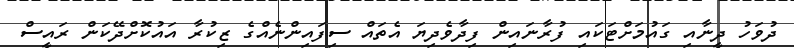
ދުވަހު ދީނާއި ގައުމަށްޓަކައި ފުރާނައިން ފިދާވެދިޔަ އެތައް ސިފައިންނެއްގެ ޒިކުރާ އައުކޮށްދޭކަން ރައީސް